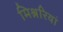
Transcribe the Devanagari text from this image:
मिश्नरियां